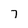
Character: 7